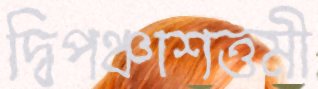
দ্বিপঞ্চাশত্তমী